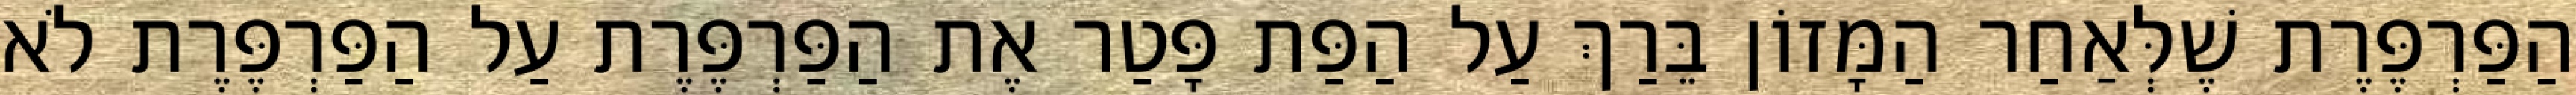
הַפַּרְפֶּרֶת שֶׁלְּאַחַר הַמָּזוֹן בֵּרַךְ עַל הַפַּת פָּטַר אֶת הַפַּרְפֶּרֶת עַל הַפַּרְפֶּרֶת לֹא